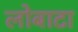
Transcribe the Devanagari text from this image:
लोबाटा